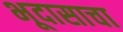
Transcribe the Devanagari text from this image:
भूदासाचा